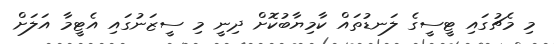
މި މެޗުގައި ޓީސީގެ ލަނޑުތަައް ކާމިޔާބުކޮށް ދިނީ މި ސީޒަނުގައި އެޓީމާ އަލަށް